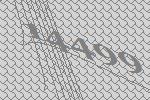
14499